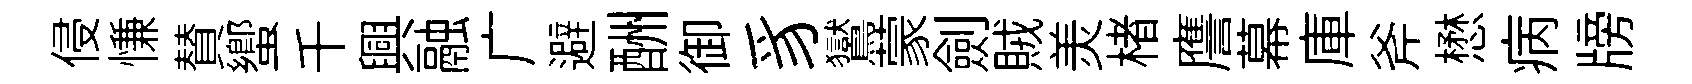
侵慊賛蠁千興融广避酬御豸鸑蒙劍賊羙楮譍幕庫斧懋病牓